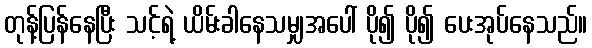
တုန့်ပြန်နေပြီး သင့်ရဲ့ ယိမ်းခါနေသမျှအပေါ် ပို၍ ပို၍ ပေးအုပ်နေသည်။